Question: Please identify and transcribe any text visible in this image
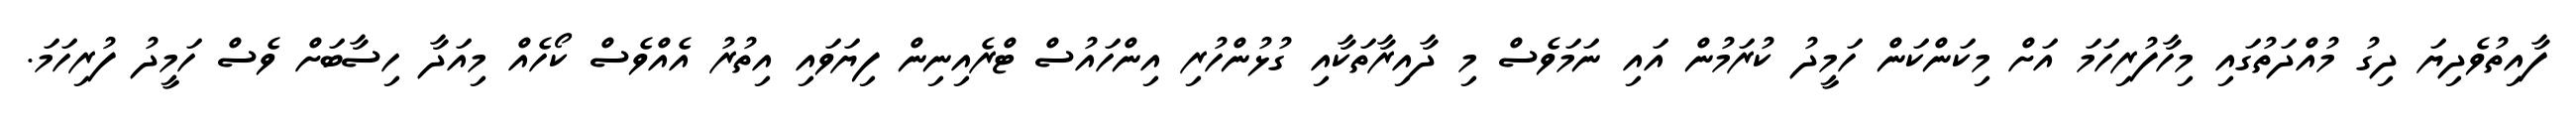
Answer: ފާއިތުވެދިޔަ ދިގު މުއްދަތުގައި މިހާފުރިހަމަ އަށް މިކަންކަން ހަމީދު ކުރަމުން އައި ނަމަވެސް މި ދާއިރާތަކާއި ގުޅުންހުރި އިންހައުސް ޓްރެއިނިން ފިޔަވައި އިތުރު އެއްވެސް ކޯހެއް މިއަދާ ހިސާބަށް ވެސް ހަމީދު ފުރިހަމަ.